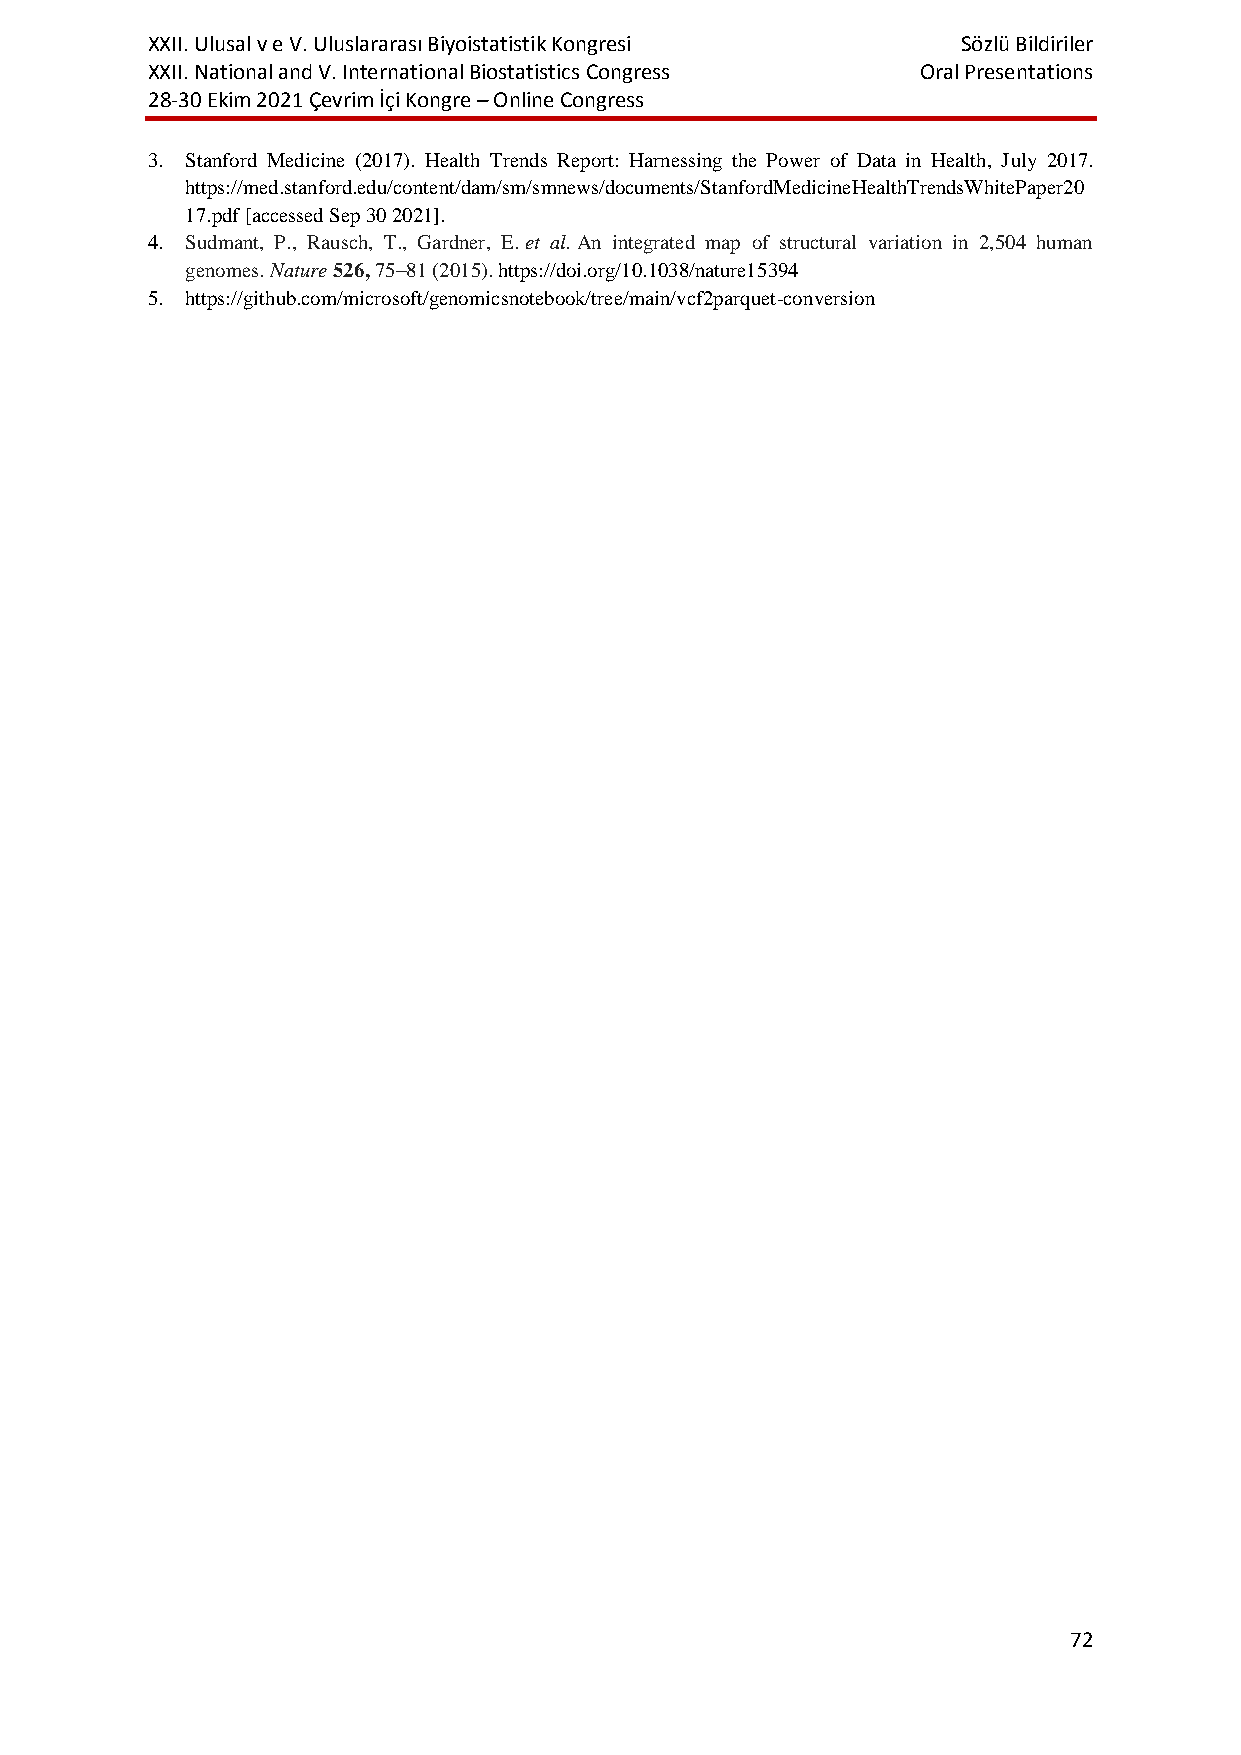
XXII. Ulusal v e V. Uluslararası Biyoistatistik Kongresi Sözlü Bildiriler
 XXII. National and V. International Biostatistics Congress Oral Presentations
 28-30 Ekim 2021 Çevrim İçi Kongre – Online Congress
 3. Stanford Medicine (2017). Health Trends Report: Harnessing the Power of Data in Health, July 2017.
 https://med.stanford.edu/content/dam/sm/smnews/documents/StanfordMedicineHealthTrendsWhitePaper20
 17.pdf [accessed Sep 30 2021].
 4. Sudmant, P., Rausch, T., Gardner, E. et al. An integrated map of structural variation in 2,504 human
 genomes. Nature 526, 75–81 (2015). https://doi.org/10.1038/nature15394
 5. https://github.com/microsoft/genomicsnotebook/tree/main/vcf2parquet-conversion
 72